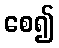
စေ၍